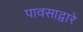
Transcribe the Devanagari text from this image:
पावसाद्वारे